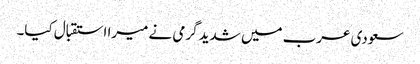
سعودی عرب میں شدید گرمی نے میرا استقبال کیا۔